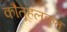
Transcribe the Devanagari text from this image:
कौतूहलकृत